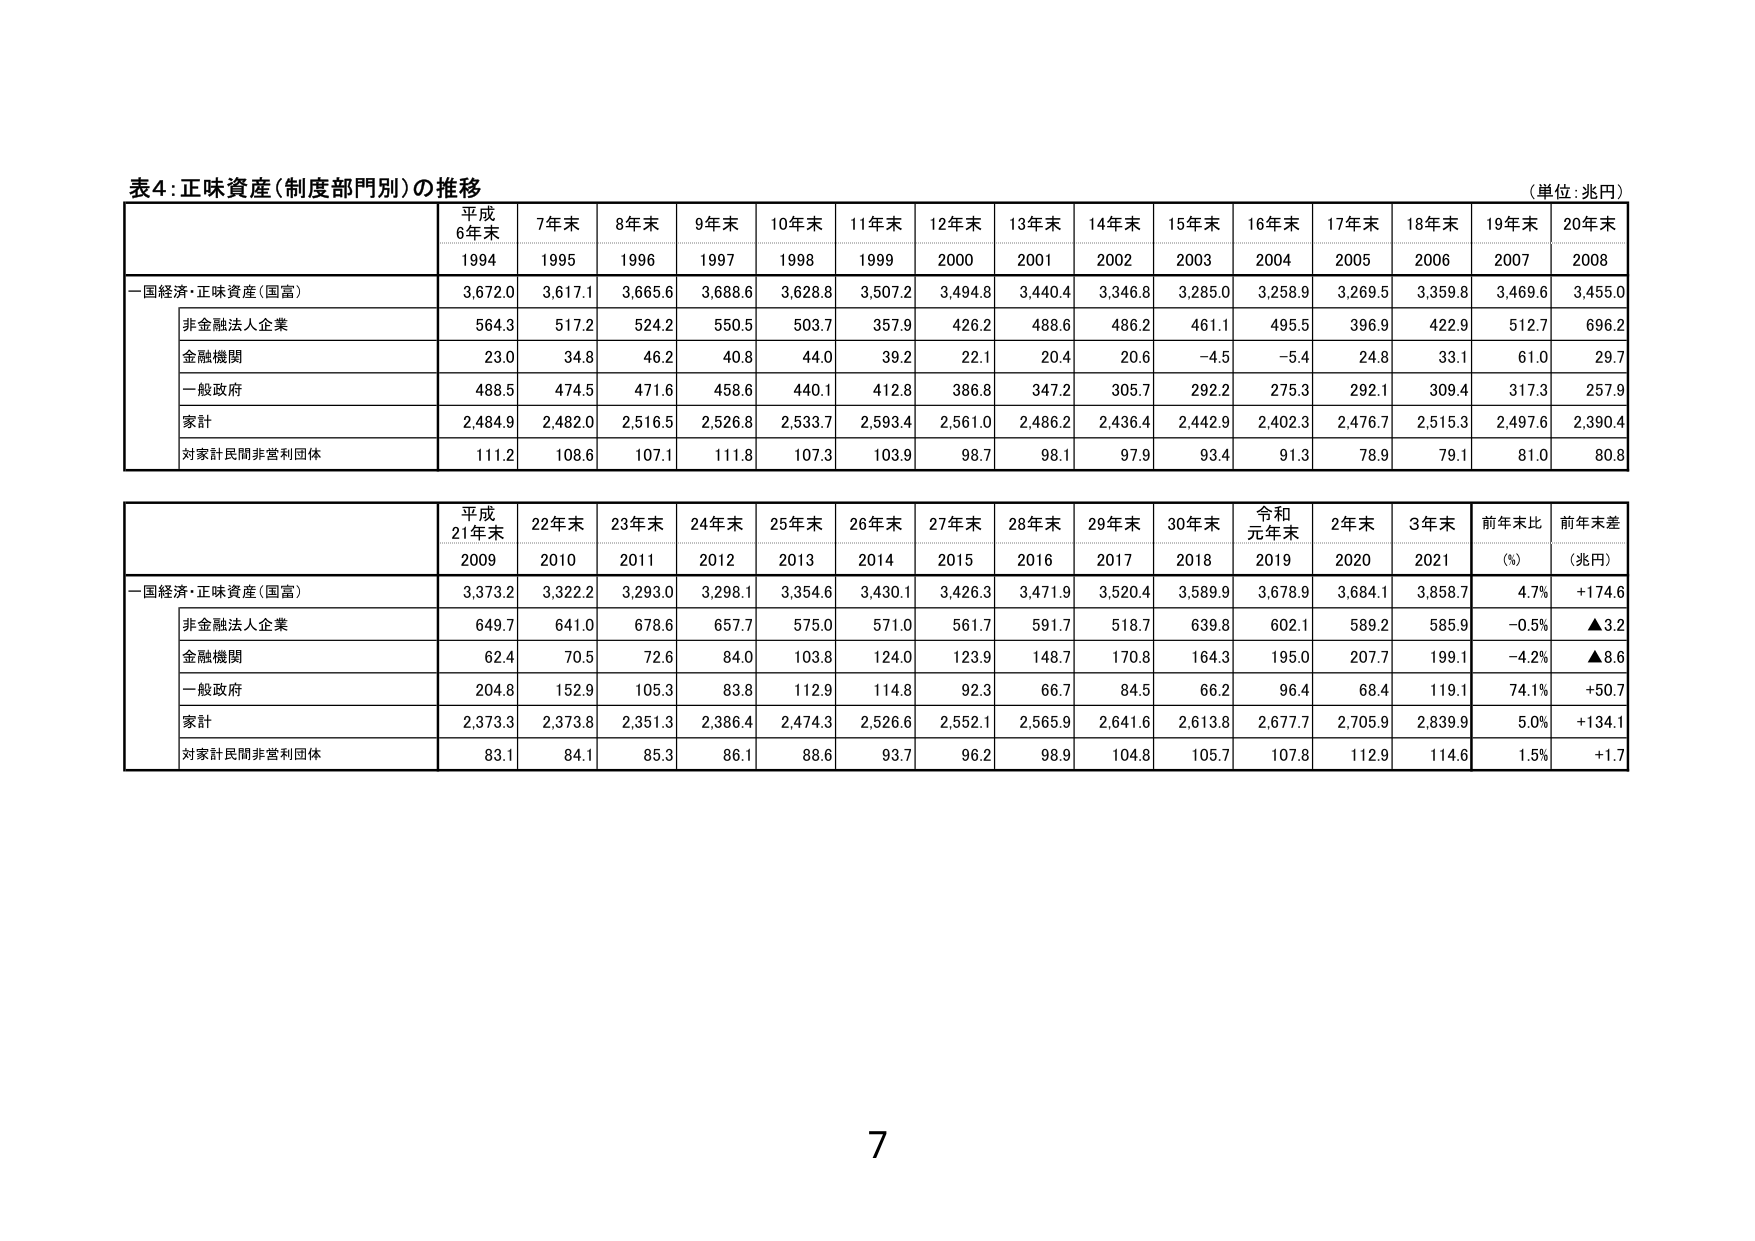
表4: 正味資産（制度部門別）の推移
（単位：兆円）

平成
6年末
7年末
8年末
9年末
10年末
11年末
12年末
13年末
14年末
15年末
16年末
17年末
18年末
19年末
20年末
1994
1995
1996
1997
1998
1999
2000
2001
2002
2003
2004
2005
2006
2007
2008

一国経済・正味資産（国富）
3,672.0
3,617.1
3,665.6
3,688.6
3,628.8
3,507.2
3,494.8
3,440.4
3,346.8
3,285.0
3,258.9
3,269.5
3,359.8
3,469.6
3,455.0

非金融法人企業
564.3
517.2
524.2
550.5
503.7
357.9
426.2
488.6
486.2
461.1
495.5
396.9
422.9
512.7
696.2

金融機関
23.0
34.8
46.2
40.8
44.0
39.2
22.1
20.4
20.6
-4.5
-5.4
24.8
33.1
61.0
29.7

一般政府
488.5
474.5
471.6
458.6
440.1
412.8
386.8
347.2
305.7
292.2
275.3
292.1
309.4
317.3
257.9

家計
2,484.9
2,482.0
2,516.5
2,526.8
2,533.7
2,593.4
2,561.0
2,486.2
2,436.4
2,442.9
2,402.3
2,476.7
2,515.3
2,497.6
2,390.4

対家計民間非営利団体
111.2
108.6
107.1
111.8
107.3
103.9
98.7
98.1
97.9
93.4
91.3
78.9
79.1
81.0
80.8

平成
21年末
22年末
23年末
24年末
25年末
26年末
27年末
28年末
29年末
30年末
令和
元年末
2年末
3年末
前年比
前年差
2009
2010
2011
2012
2013
2014
2015
2016
2017
2018
2019
2020
2021
(%)
(兆円)

一国経済・正味資産（国富）
3,373.2
3,322.2
3,293.0
3,298.1
3,354.6
3,430.1
3,426.3
3,471.9
3,520.4
3,589.9
3,678.9
3,684.1
3,858.7
4.7%
+174.6

非金融法人企業
649.7
641.0
678.6
657.7
575.0
571.0
561.7
591.7
518.7
639.8
602.1
589.2
585.9
-0.5%
▲3.2

金融機関
62.4
70.5
72.6
84.0
103.8
124.0
123.9
148.7
170.8
164.3
195.0
207.7
199.1
-4.2%
▲8.6

一般政府
204.8
152.9
105.3
83.8
112.9
114.8
92.3
66.7
84.5
66.2
96.4
68.4
119.1
74.1%
+50.7

家計
2,373.3
2,373.8
2,351.3
2,386.4
2,474.3
2,526.6
2,552.1
2,565.9
2,641.6
2,613.8
2,677.7
2,705.9
2,839.9
5.0%
+134.1

対家計民間非営利団体
83.1
84.1
85.3
86.1
88.6
93.7
96.2
98.9
104.8
105.7
107.8
112.9
114.6
1.5%
+1.7

7